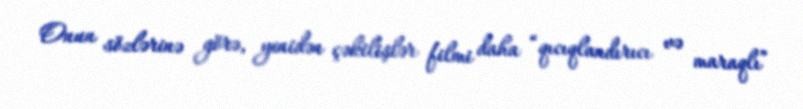
Onun sözlərinə görə, yenidən çəkilişlər filmi daha “qıcıqlandırıcı və maraqlı”